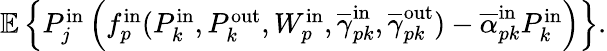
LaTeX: \begin{array}{r}{\mathbb{E}\left\{ P_{j}^{\mathrm{in}}\left(f_{p}^{\mathrm{in}}(P_{k}^{\mathrm{in}},P_{k}^{\mathrm{out}},W_{p}^{\mathrm{in}},\overline{{\gamma}}_{pk}^{\mathrm{in}},\overline{{\gamma}}_{pk}^{\mathrm{out}})-\overline{{\alpha}}_{pk}^{\mathrm{in}}P_{k}^{\mathrm{in}}\right)\right\} .}\end{array}